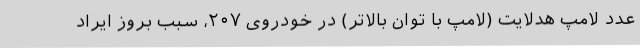
عدد لامپ هدلایت (لامپ با توان بالاتر) در خودروی ۲۰۷، سبب بروز ایراد